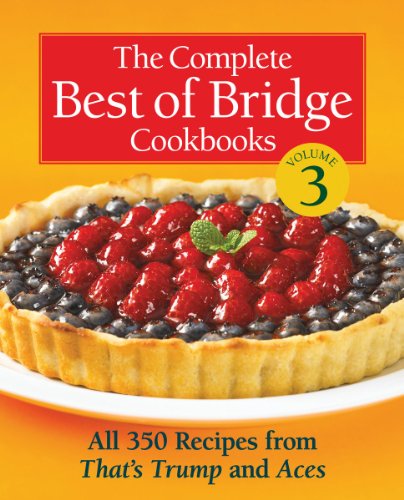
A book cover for The Complete Best of Bridge Cookbooks, Volume Three: All 350 Recipes From That's Trump and Aces (The Best of Bridge); The Editors of Best of Bridge; Cookbooks, Food & Wine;